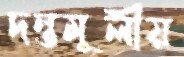
দন্তমূলীয়